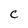
Character: C